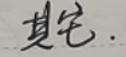
其它.